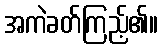
အကဲခတ်ကြည့်၏။